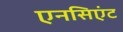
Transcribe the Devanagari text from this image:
एनसिएंट